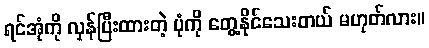
ရင်အုံကို လှန်ပြီးထားတဲ့ ပုံကို တွေ့နိုင်သေးတယ် မဟုတ်လား။